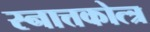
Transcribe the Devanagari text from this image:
स्नात्तकोत्त्र